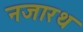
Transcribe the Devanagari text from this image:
नजारथ